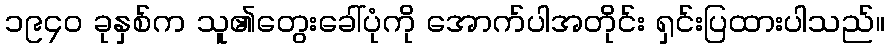
၁၉၄၀ ခုနှစ်က သူ၏တွေးခေါ်ပုံကို အောက်ပါအတိုင်း ရှင်းပြထားပါသည်။